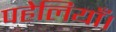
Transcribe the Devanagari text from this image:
पहेलियाँ।